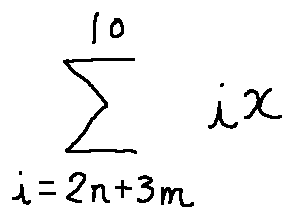
\sum \limits _ { i = 2 n + 3 m } ^ { 1 0 } i x